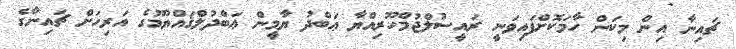
ޗައިނާ އިން މިކަން ހާމަކޮށްފައިވަނީ ރައީސުލްޖުމްހޫރިއްޔާ ޢަބްދު ޔާމީން ޢަބްދުލްޤައްޔޫމުގެ އަރިހަށް ޗައިނާގެ